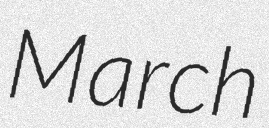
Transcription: March